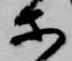
等